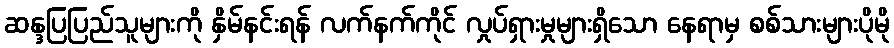
ဆန္ဒပြပြည်သူများကို နှိမ်နင်းရန် လက်နက်ကိုင် လှုပ်ရှားမှုများရှိသော နေရာမှ စစ်သားများပိုမို